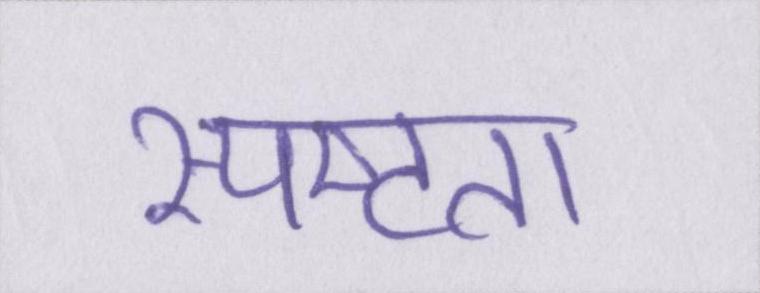
स्पष्टता